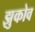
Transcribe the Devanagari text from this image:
झुकोव